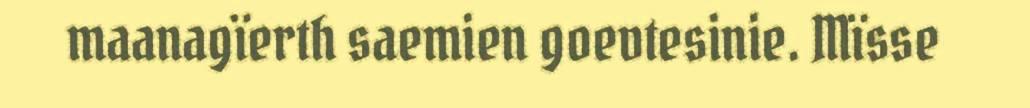
maanagïerth saemien goevtesinie. Mïsse